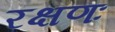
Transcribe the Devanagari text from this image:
रक्षणः